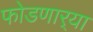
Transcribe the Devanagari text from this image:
फोडणार्‍या